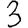
Digit: 3